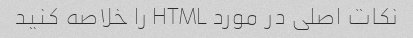
نکات اصلی در مورد HTML را خلاصه کنید